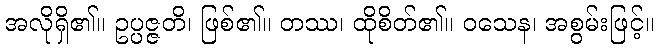
အလိုရှိ၏။ ဥပ္ပဇ္ဇတိ၊ ဖြစ်၏။ တဿ၊ ထိုစိတ်၏။ ဝသေန၊ အစွမ်းဖြင့်။